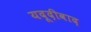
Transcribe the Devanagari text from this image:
यदूदीवाद